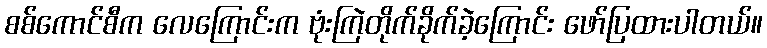
စစ်ကောင်စီက လေကြောင်းက ဗုံးကြဲတိုက်ခိုက်ခဲ့ကြောင်း ဖော်ပြထားပါတယ်။